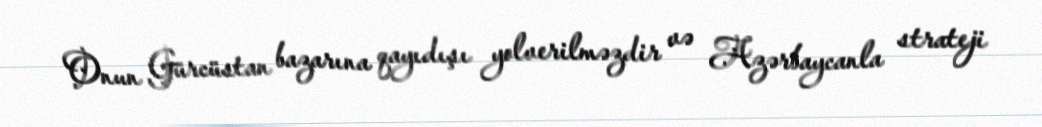
Onun Gürcüstan bazarına qayıdışı yolverilməzdir və Azərbaycanla strateji